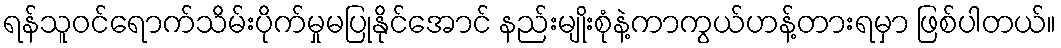
ရန်သူဝင်ရောက်သိမ်းပိုက်မှုမပြုနိုင်အောင် နည်းမျိုးစုံနဲ့ကာကွယ်ဟန့်တားရမှာ ဖြစ်ပါတယ်။